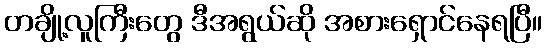
တချို့လူကြီးတွေ ဒီအရွယ်ဆို အစားရှောင်နေရပြီ။